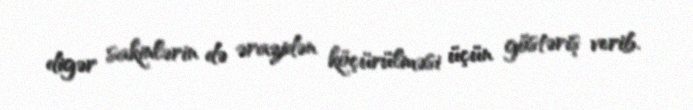
digər sakinlərin də ərazidən köçürülməsi üçün göstəriş verib.